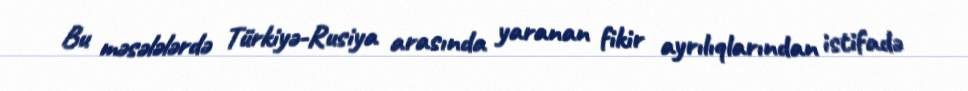
Bu məsələlərdə Türkiyə-Rusiya arasında yaranan fikir ayrılıqlarından istifadə